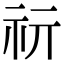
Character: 𥘕